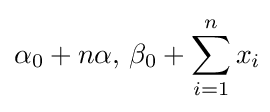
\alpha _{0}+n\alpha ,\,\beta _{0}+\sum _{i=1}^{n}x_{i}\!